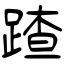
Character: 蹅